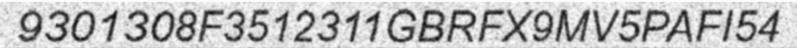
9301308F3512311GBRFX9MV5PAFI54